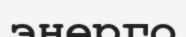
энерго